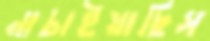
নাচাইয়াছিস